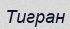
Тигран